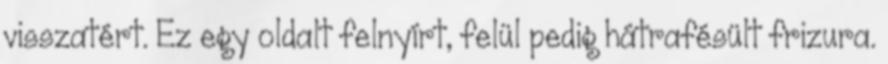
visszatért. Ez egy oldalt felnyírt, felül pedig hátrafésült frizura.